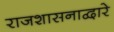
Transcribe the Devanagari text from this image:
राजशासनाद्वारे